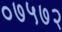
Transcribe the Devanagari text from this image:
०७५७२